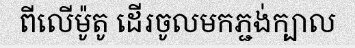
ពីលើម៉ូតូ ដើរចូលមកភ្ជង់ក្បាល